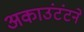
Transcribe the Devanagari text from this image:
अकाउंटंटने